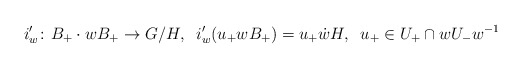
\begin{align*}i'_w \colon B_+ \cdot w B_+ \to G/H, \; \;i'_w(u_+ w B_+) = u_+ \dot{w} H, \; \; u_+ \in U_+ \cap w U_- w^{-1}\end{align*}